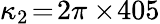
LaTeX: \kappa_{2}\! =\! 2\pi\times\! 405